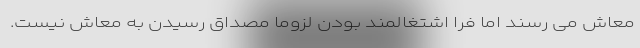
معاش می رسند اما فرا اشتغالمند بودن لزوما مصداقِ رسیدن به معاش نیست.